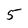
Character: 5